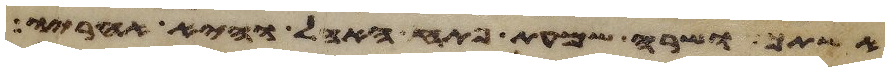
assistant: אשתך ושרה שמעת פתח האהל והיא אחריו